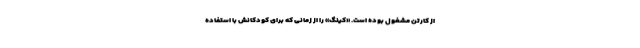
از کارتن مشغول بوده است. «کینگ» را از زمانی که برای کودکانش با استفاده